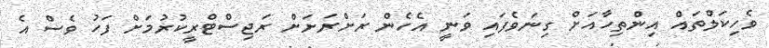
ވެހިކަލްތައް އިންތިހާއަށް ގިނަވެފައި ވަނީ އެހެން ރަށްރަށަށް ރަޖިސްޓްރީކުރުމަށް ފަހު ވެސް އެ